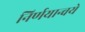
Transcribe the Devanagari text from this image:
निर्णयान्वये